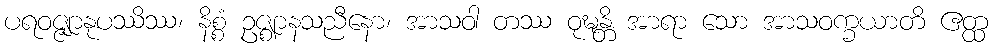
ပရဝဇ္ဇျာနုပဿိဿ၊ နိစ္စံ ဥဇ္ဈာနသညီနော၊ အာသဝါ တဿ ဝုဍ္ဎန္တိ အာရာ သော အာသဝက္ခယာတိ ဧတ္ထ